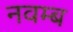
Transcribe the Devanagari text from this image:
नवम्ब